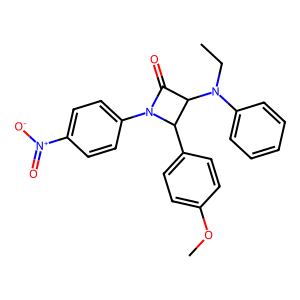
SMILES: CCN(c1ccccc1)C1C(=O)N(c2ccc([N+](=O)[O-])cc2)C1c1ccc(OC)cc1
Inhibits HIV replication: No